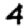
Digit: 4